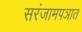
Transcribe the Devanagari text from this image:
सरंजामपञात